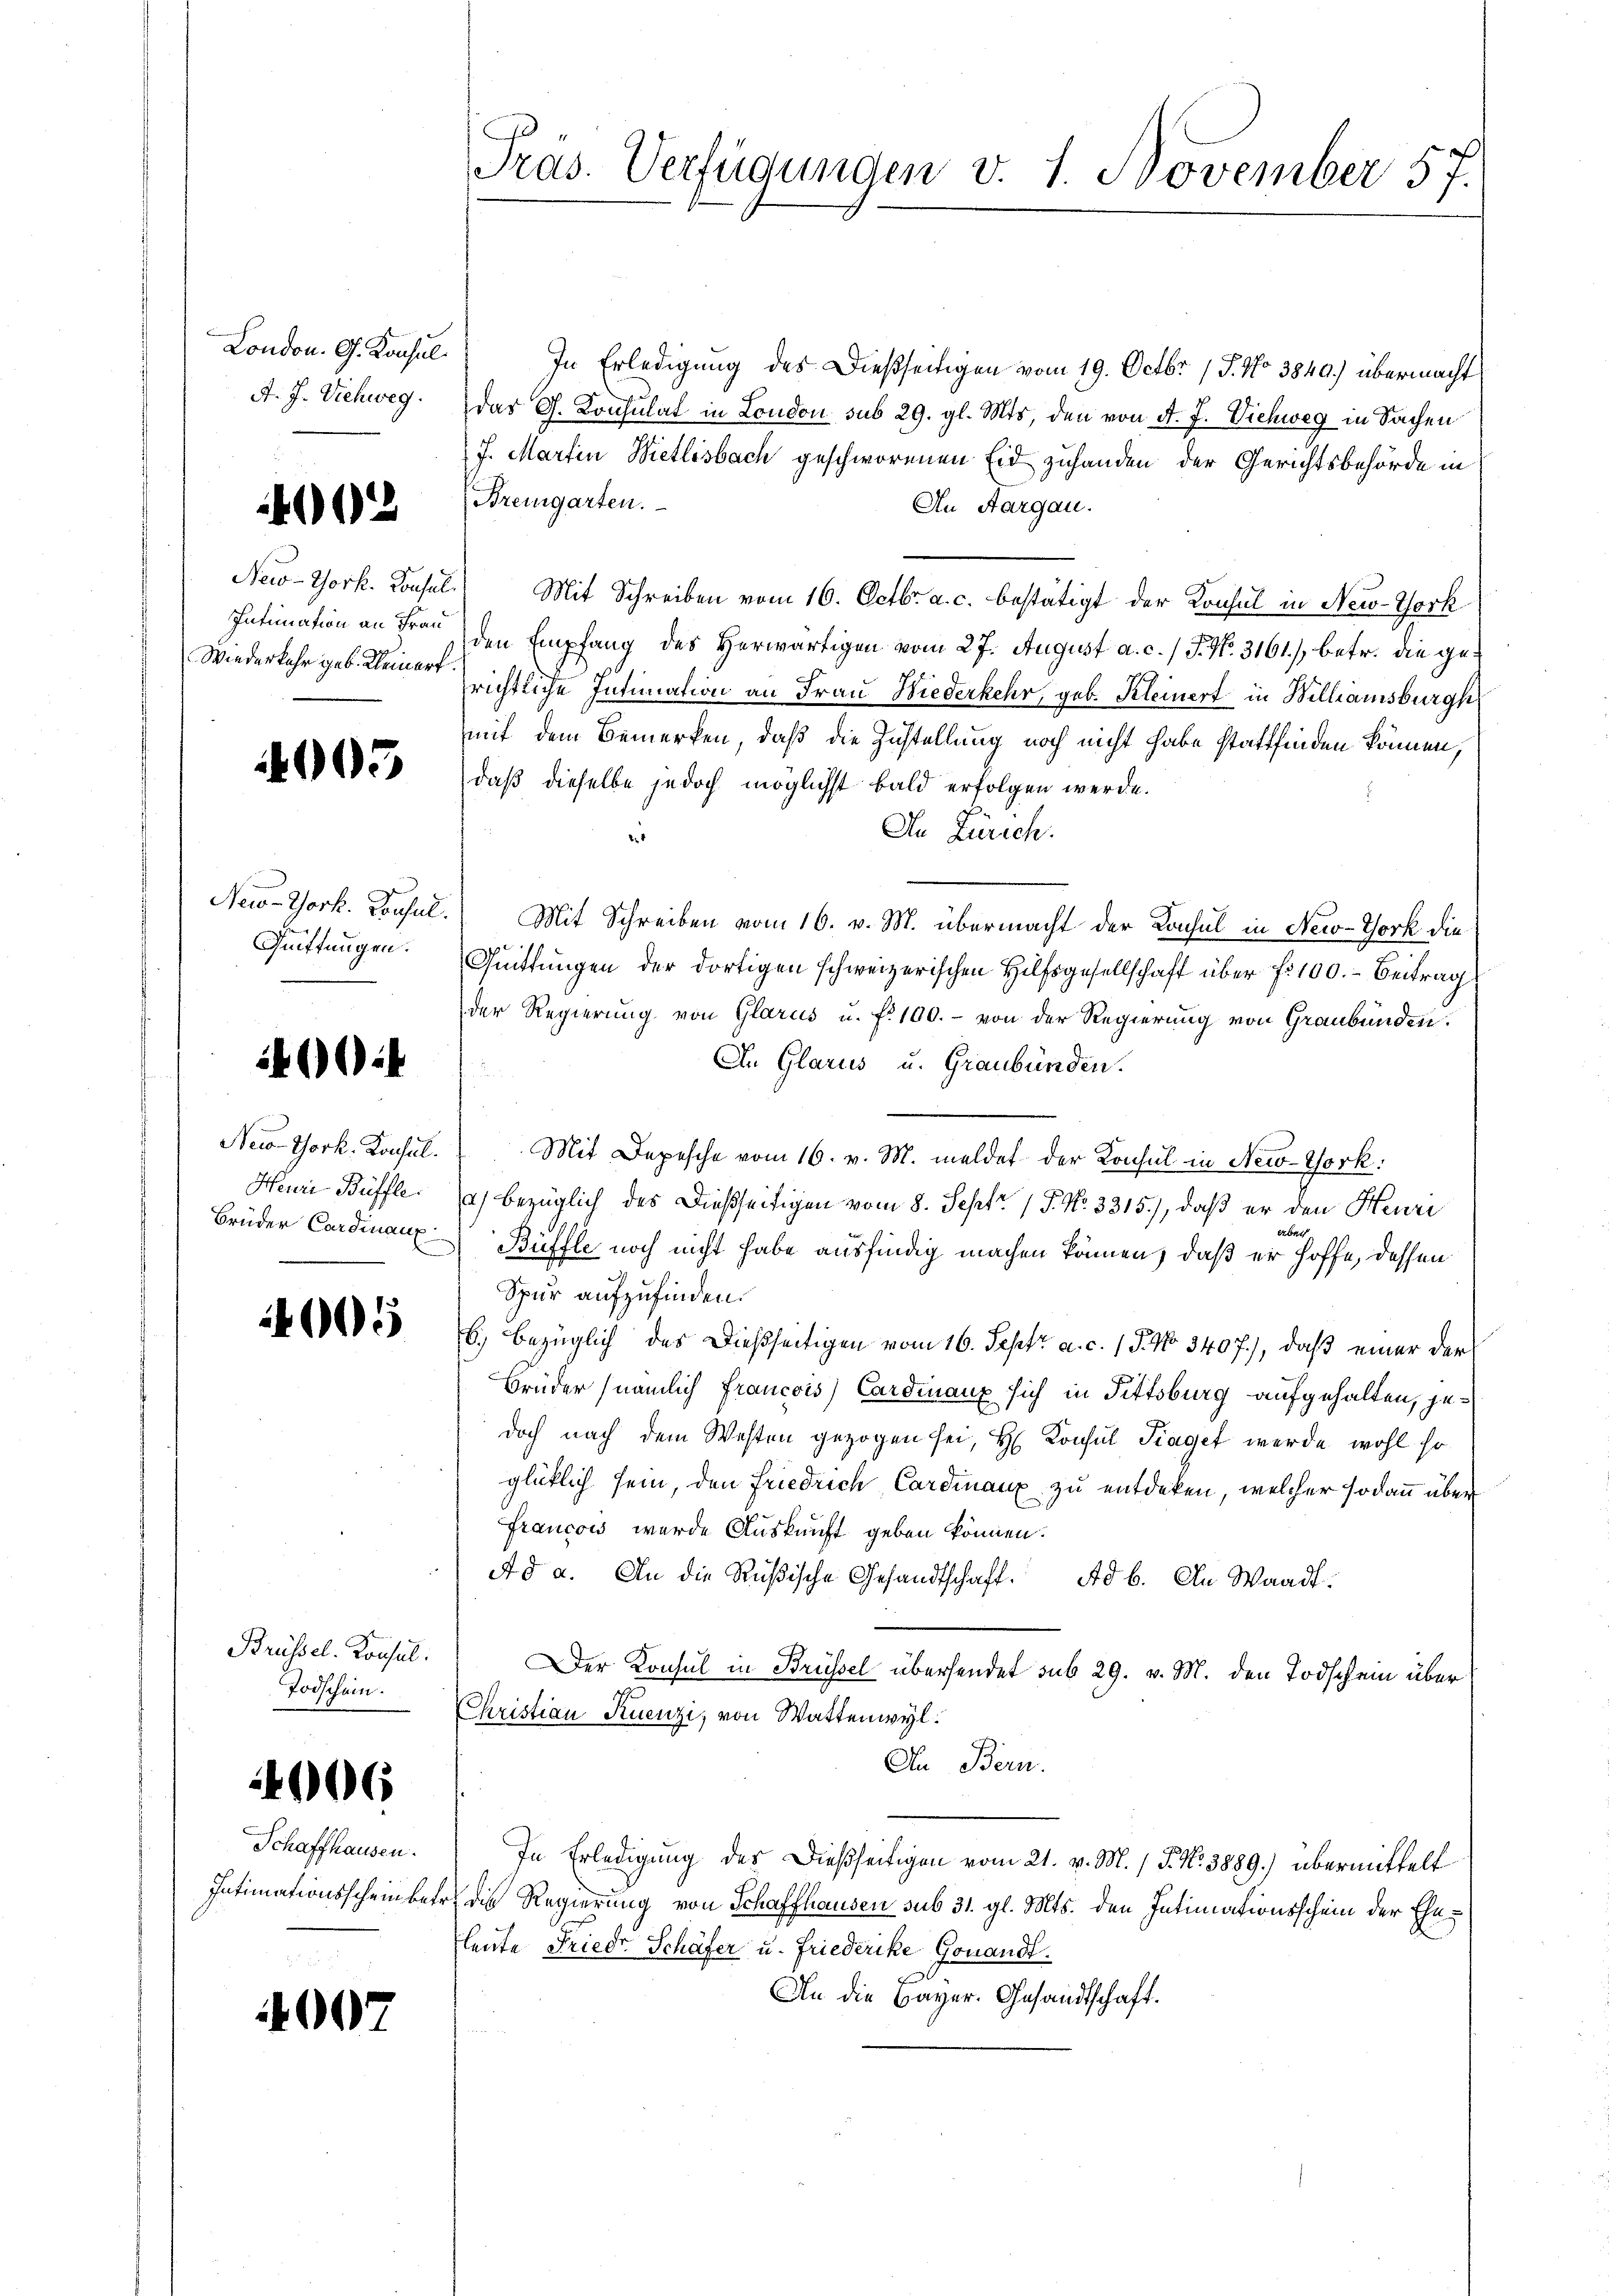
London. G. Konsul
A. J. Viehweg.

402

Wiederkehr geb. Kleinert.

4005

Quittungen.

400

Neio Thork. Konsul

4005

Brüssel. Konsul
Todschein.

46

Schaffhausen.

4007

In Erledigung des Dießseitigen vom 19. Octbr. 15. No 3840.) übermacht
das G. Konsulat in London sub 29. gl. Mts, den von d. J. Viehweg in Sachen
J. Martin Wietlisbach geschworenen Eid zuhanden der Gerichtsbehörde in
Bremgarten.
An Aargau.
New-York. Konsul Mit Schreiben vom 16. Octbr. a. c. bestätigt der Konsul in New-York
Intimation an der den Empfang des Herwärtigen vom 27. August a. c. / J. No. 3161), betr. die gerichtliche Intimation an Frau Niederkehr, geb. Kleinert in Willamsburg
mit dem Bemerken, daß die Zustellung noch nicht habe stattfinden können,
daß dieselbe jedoch möglichst bald erfolgen werde.
In Zürich.
2.
New-York. Konsul. Mit Schreiben vom 16. v. M. übermacht der Konsul in New-York die
Quittungen der dortigen schweizerischen Hilfsgesellschaft über fr. 100.- Beitrag
der Regierung von Glarus u. f. 100.- von der Regierung von Graubünden.
In Glarus u. Graubünden.
Mit Depesche vom 16. v. M. meldet der Konsul in New-York:
Henri Büffle (a) bezüglich des dießseitigen vom 8. Sept. 15. No. 3315), daß er den Heure
erber
Brüder Cardinar Büffle noch nicht habe ausfindig machen können, daß er hoffe, dessen
Spur aufzufinden.
6.) bezüglich des Dießseitigen vom 16. Sept. a. c. 1 P. No. 3407), daß einer der
Brüder (nämlich francois) Cardinanz sich in Fittsburg aufgehalten, jedoch nach dem Westen gezogen sei, H. Konsul Tiaget werde wohl so
glücklich sein, den Friedrich Cardinanz zu entdeken, welcher sodann über
Francois wurde Auskunft geben können.
Ad a. An die Rußische Gesandtschaft. Ad b. An Waadt.
Der Konsul in Brüssel übersendet sub 29. v. M. den Todschein über
Christian Ruenzi, von Wattenwyl.
An Bern.
In Erledigung des Dießseitigen vom 21. v. M. / 5. No 3889.) übermittelt
Intimationsscheinber, die Regierung von Schaffhausen sub 31. gl. Mts. den Intimationsschein der Eheleute Friedr Schäfer u. Friederike Gonandt.
An die Bayer. Gesandtschaft.

Präs. Verfügungen v. 1. November 57.